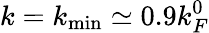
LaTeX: k=k_{\mathrm{min}}\simeq 0.9k_{F}^{0}